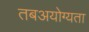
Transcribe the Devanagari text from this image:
तबअयोग्यता